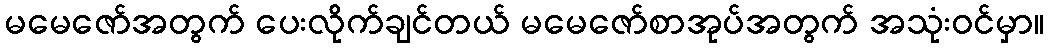
မမေဇော်အတွက် ပေးလိုက်ချင်တယ် မမေဇော်စာအုပ်အတွက် အသုံးဝင်မှာ။